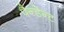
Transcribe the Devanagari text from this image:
पैन्डेन्ट